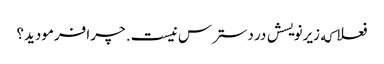
فعلا که زیرنویسش در دسترس نیست. چرا فرمودید؟